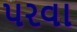
પરવા